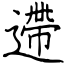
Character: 遰